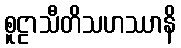
စူဠာသီတိသဟဿာနိ